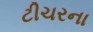
ટીચરના